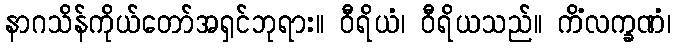
နာဂသိန်ကိုယ်တော်အရှင်ဘုရား။ ဝီရိယံ၊ ဝီရိယသည်။ ကိံလက္ခဏံ၊